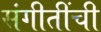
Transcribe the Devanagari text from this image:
संगीतींची